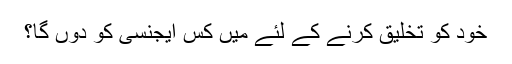
خود کو تخلیق کرنے کے لئے میں کس ایجنسی کو دوں گا؟